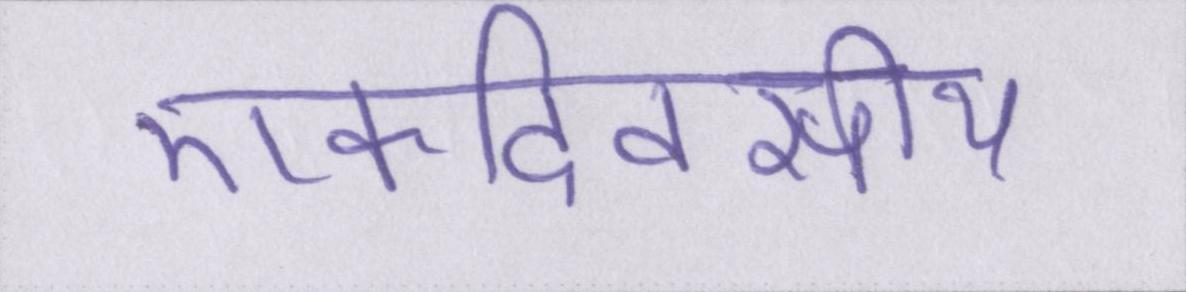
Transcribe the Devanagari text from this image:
एकदिवसीय